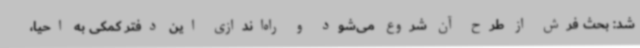
شد: بحث فرش از طرح آن شروع می‌شود و راه‌اندازی این دفتر کمکی به احیا،